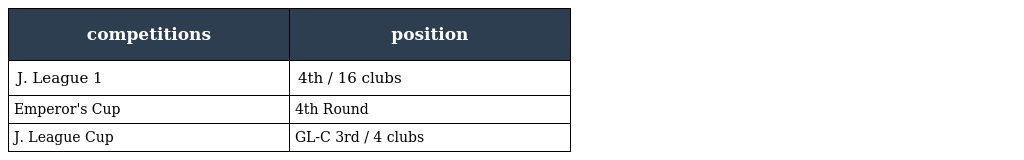
| competitions | position |
 | --- | --- |
 | J. League 1 | 4th / 16 clubs |
 | Emperor's Cup | 4th Round |
 | J. League Cup | GL-C 3rd / 4 clubs |